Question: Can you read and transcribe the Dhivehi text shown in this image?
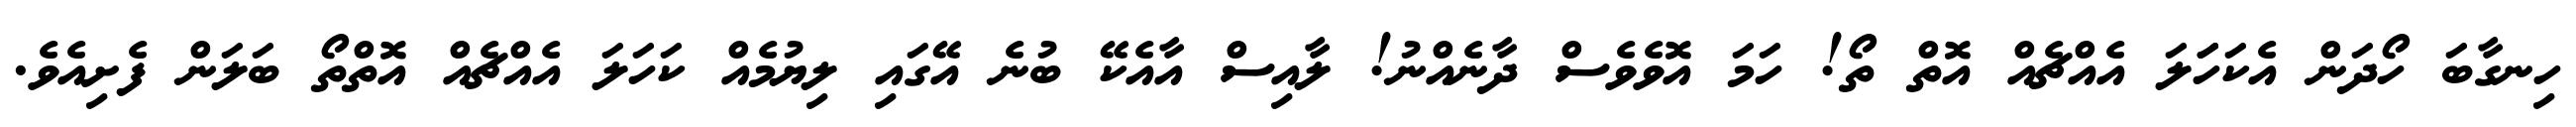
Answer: ހިނގާބަ ހޯދަން އެކަހަަލަ އެއްޗެއް އޮތް ތޯ! ހަމަ އޮވެވެސް ދާނެއްނު! ލާއިސް އާއެކޭ ބުނެ އޭގައި ލިޔުމެއް ކަހަލަ އެއްޗެއް އޮތްތޯ ބަލަން ފެށިއެވެ.